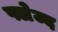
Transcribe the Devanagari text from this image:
फ्लेज्द